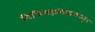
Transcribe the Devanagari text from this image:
विधिमहाविद्यालयातून